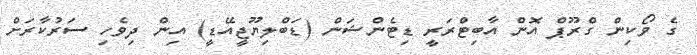
ގެ ވޯކިން ގްރޫޕް އޮން އާބިޓްރަރީ ޑިޓެންޝަން (ޑަބްލިޔޫޖީއޭޑީ) އިން ދިވެހި ސަރުކާރަށް